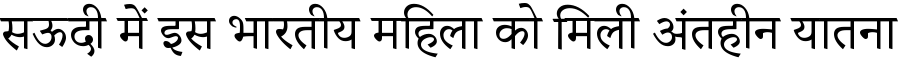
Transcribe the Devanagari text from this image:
सऊदी में इस भारतीय महिला को मिली अंतहीन यातना